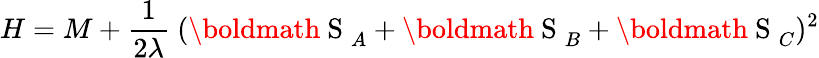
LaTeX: H=M+\frac{1}{2\lambda}~(\mathrm{\boldmath~S~}_{A}+\mathrm{\boldmath~S~}_{B}+\mathrm{\boldmath~S~}_{C})^{2}